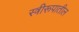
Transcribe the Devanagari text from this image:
स्त्रीरूपातील